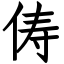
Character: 俦